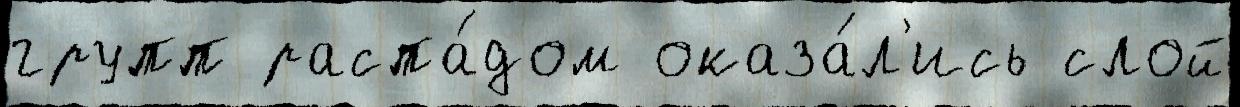
групп распа́дом оказа́л'ись слой